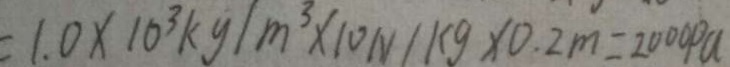
= 1 . 0 \times 1 0 ^ { 3 } k g / m ^ { 3 } \times 1 0 N / k g \times 0 . 2 m = 2 0 0 0 P a